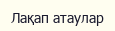
Лақап атаулар